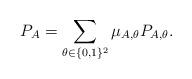
LaTeX: \begin{align*}P_A = \sum_{\theta \in \{0,1\}^2 } \mu_{A,\theta} P_{A,\theta}.\end{align*}